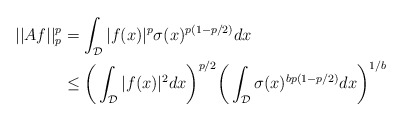
\begin{align*} ||Af||_{p}^p &= \int_{\mathcal{D}} |f(x)|^p\sigma(x)^{p(1-p/2)}dx \\ &\leq \bigg(\int_{\mathcal{D}}|f(x)|^2dx\bigg)^{p/2}\bigg(\int_{\mathcal{D}}\sigma(x)^{bp(1-p/2)}dx\bigg)^{1/b}\end{align*}